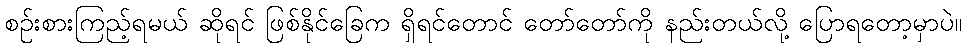
စဉ်းစားကြည့်ရမယ် ဆိုရင် ဖြစ်နိုင်ခြေက ရှိရင်တောင် တော်တော်ကို နည်းတယ်လို့ ပြောရတော့မှာပဲ။